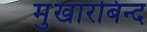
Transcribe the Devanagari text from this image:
मुखारबिन्द